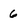
Character: 6